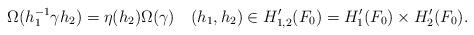
LaTeX: \begin{align*} \Omega(h_1^{-1}\gamma h_2)=\eta(h_2)\Omega(\gamma) \quad(h_1, h_2)\in H_{1, 2}'(F_0)=H'_1(F_0)\times H_2'(F_0).\end{align*}